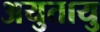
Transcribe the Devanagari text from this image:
अयुतायु